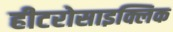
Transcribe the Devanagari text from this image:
हीटरोसाइक्लिक